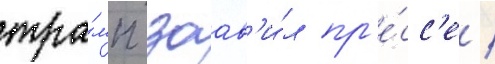
тра́мп заав'и́л пр'е́сс'е /